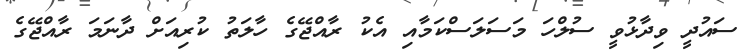
ސައުދީ ވިދާޅުވީ ސުލްހަ މަސަލަސްކަމާއި އެކު ރާއްޖޭގެ ހާލަތު ކުރިއަށް ދާނަމަ ރާއްޖޭގެ